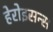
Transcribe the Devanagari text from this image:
हेरोइसन्स